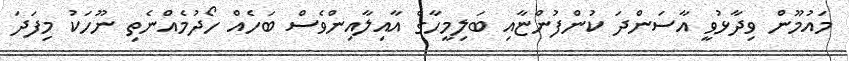
މައުމޫން ވިދާޅުވީ އާސަންދަ ކުންފުންޏާއި ބަލިމީހާގެ އާއިލާއިންވެސް ބަހެއް ހޯދުމެއްނެތި ނޫހަކު މިފަދަ